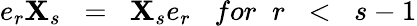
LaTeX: e_{r}\mathbf{X}_{s}\; \; =\; \; \mathbf{X}_{s}e_{r}\; \; \; for\; \; r\; \; <\; \; s-1